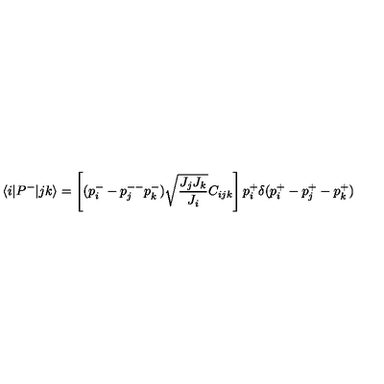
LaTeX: \langle i | P ^ { - } | j k \rangle = \left[ ( p _ { i } ^ { - } - p _ { j } ^ { -- } p _ { k } ^ { - } ) \sqrt { \frac { J _ { j } J _ { k } } { J _ { i } } } C _ { i j k } \right] p _ { i } ^ { + } \delta ( p _ { i } ^ { + } - p _ { j } ^ { + } - p _ { k } ^ { + } )